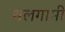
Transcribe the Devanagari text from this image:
थलगामी